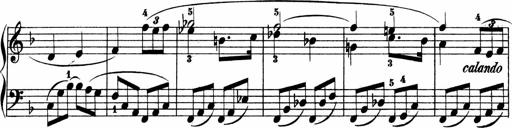
Title: 2 instructive Sonatinen
Composer: Paul Schumacher